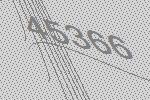
45366